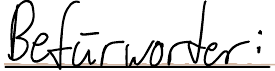
Befürworter: